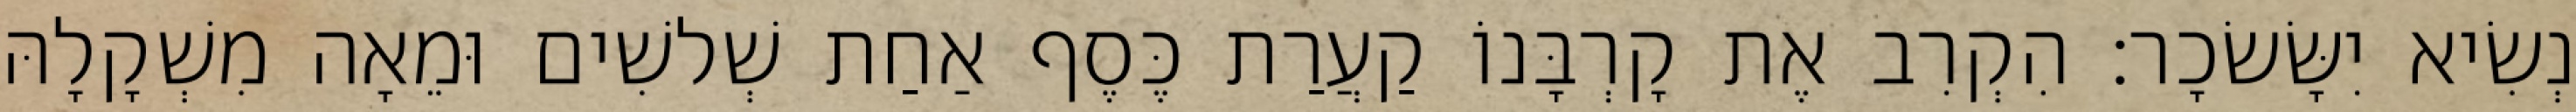
נְשִׂיא יִשָּׂשׂכָר׃ הִקְרִב אֶת קָרְבָּנוֹ קַעֲרַת כֶּסֶף אַחַת שְׁלשִׁים וּמֵאָה מִשְׁקָלָהּ